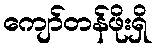
ကျော်တန်ဖိုးရှိ